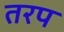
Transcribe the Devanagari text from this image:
तरप